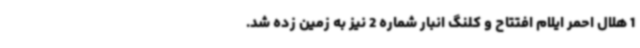
1 هلال احمر ایلام افتتاح و کلنگ انبار شماره 2 نیز به زمین زده شد.